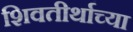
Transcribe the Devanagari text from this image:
शिवतीर्थाच्या